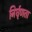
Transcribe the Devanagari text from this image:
निर्घृणता